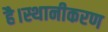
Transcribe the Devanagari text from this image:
है।स्थानीकरण